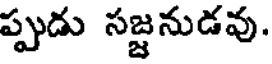
ప్పుడు సజ్జనుడవు.